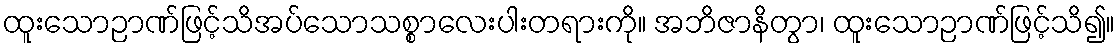
ထူးသောဉာဏ်ဖြင့်သိအပ်သောသစ္စာလေးပါးတရားကို။ အဘိဇာနိတွာ၊ ထူးသောဉာဏ်ဖြင့်သိ၍။